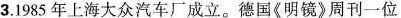
3.1985年上海大众汽车厂成立。德国《明镜》周刊一位